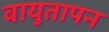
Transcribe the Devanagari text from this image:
वायुतापन